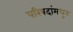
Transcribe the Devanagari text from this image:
परिषदांमधून